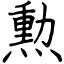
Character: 勲